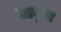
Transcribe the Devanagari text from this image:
तावूज